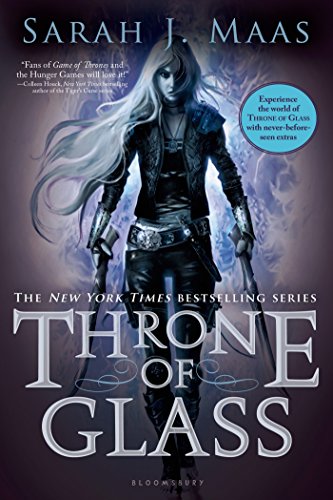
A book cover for Throne of Glass; Sarah J. Maas; Teen & Young Adult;